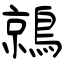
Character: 鶁